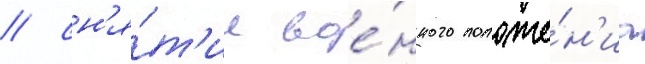
/ сн'я́т'ие вое́нного положе́н'иа